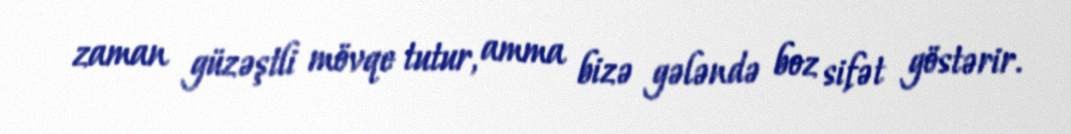
zaman güzəştli mövqe tutur, amma bizə gələndə boz sifət göstərir.